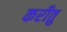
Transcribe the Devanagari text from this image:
करीतु